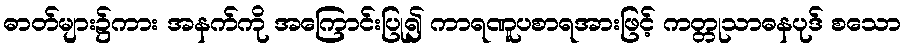
ဓာတ်များ၌ကား အနက်ကို အကြောင်းပြု၍ ကာရဏူပစာရအားဖြင့် ကတ္တုသာဓနပုဒ် စသော